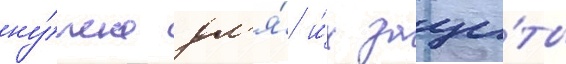
ну́жно дл'я́ и́х защи́ты